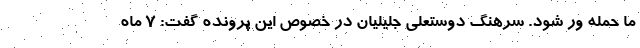
ما حمله ور شود. سرهنگ دوستعلی جلیلیان در خصوص این پرونده گفت: 7 ماه